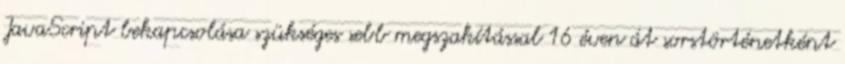
JavaScript bekapcsolása szükséges sebb megszakítással 16 éven át sorstörténetként